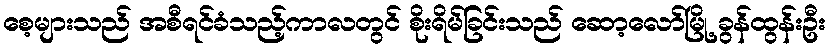
စေ့များသည် အစီရင်ခံသည့်ကာလတွင် စိုးရိမ်ခြင်းသည် ဆော့လော်မြို့ ခွန်ထွန်းဦး